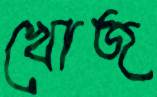
খোজ